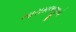
ભારામલજીએ